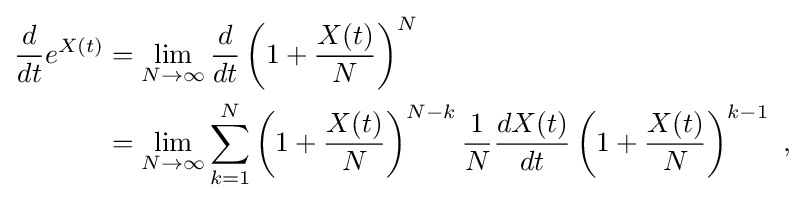
{\begin{aligned}{\frac {d}{dt}}e^{X(t)}&=\lim _{N\to \infty }{\frac {d}{dt}}\left(1+{\frac {X(t)}{N}}\right)^{N}\\&=\lim _{N\to \infty }\sum _{k=1}^{N}\left(1+{\frac {X(t)}{N}}\right)^{N-k}{\frac {1}{N}}{\frac {dX(t)}{dt}}\left(1+{\frac {X(t)}{N}}\right)^{k-1}~,\end{aligned}}